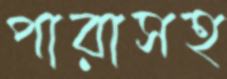
পারাসহ